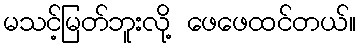
မသင့်မြတ်ဘူးလို့ ဖေဖေထင်တယ်။